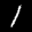
Label: 1